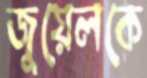
জুয়েলকে